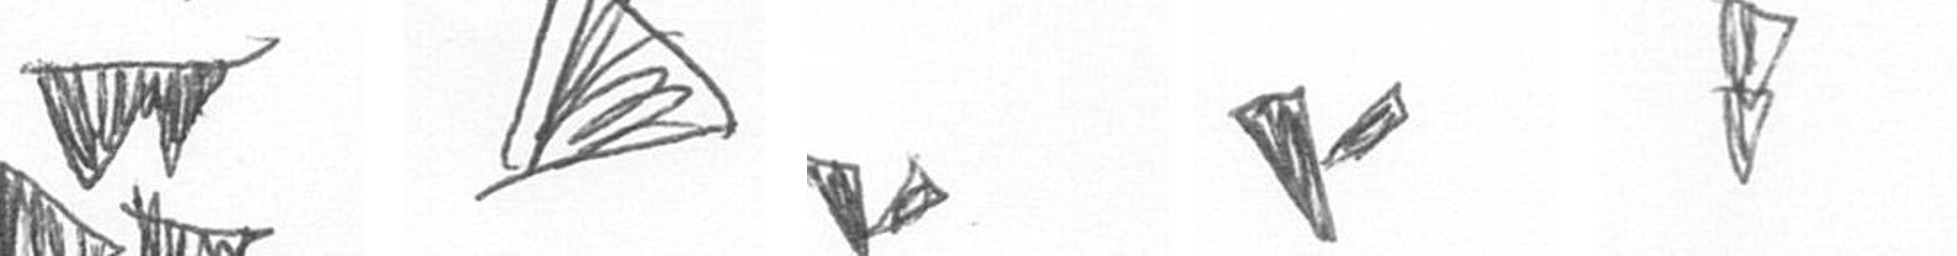
B O F F Z